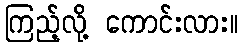
ကြည့်လို့ ကောင်းလား။